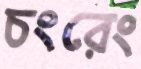
চংরেং